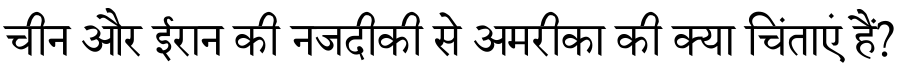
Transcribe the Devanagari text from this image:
चीन और ईरान की नजदीकी से अमरीका की क्या चिंताएं हैं?